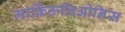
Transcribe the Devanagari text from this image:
मार्किऊलिओनिस